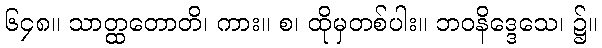
၆၄၈။ သာတ္ထတောတိ၊ ကား။ စ၊ ထိုမှတစ်ပါး။ ဘဝနိဒ္ဒေသေ၊ ၌။